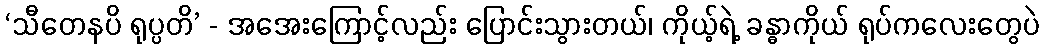
‘သီတေနပိ ရုပ္ပတိ’ - အအေးကြောင့်လည်း ပြောင်းသွားတယ်၊ ကိုယ့်ရဲ့ ခန္ဓာကိုယ် ရုပ်ကလေးတွေပဲ